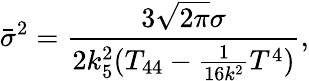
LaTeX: {\bar{\sigma}}^{2}=\frac{3\sqrt{2\pi}\sigma}{2k_{5}^{2}(T_{44}-\frac{1}{16k^{2}}T^{4})},